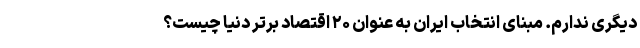
دیگری ندارم. مبنای انتخاب ایران به عنوان ۲۰ اقتصاد برتر دنیا چیست؟